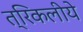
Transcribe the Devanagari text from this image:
त्रिकलीये